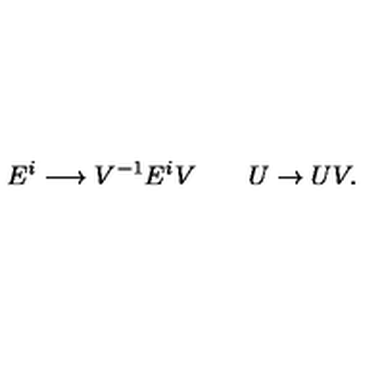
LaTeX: E ^ { i } \longrightarrow V ^ { - 1 } E ^ { i } V \qquad U \to U V .